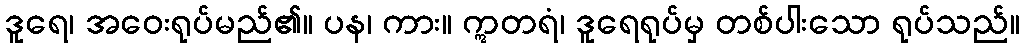
ဒူရေ၊ အဝေးရုပ်မည်၏။ ပန၊ ကား။ ဣတရံ၊ ဒူရေရုပ်မှ တစ်ပါးသော ရုပ်သည်။